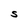
Character: S